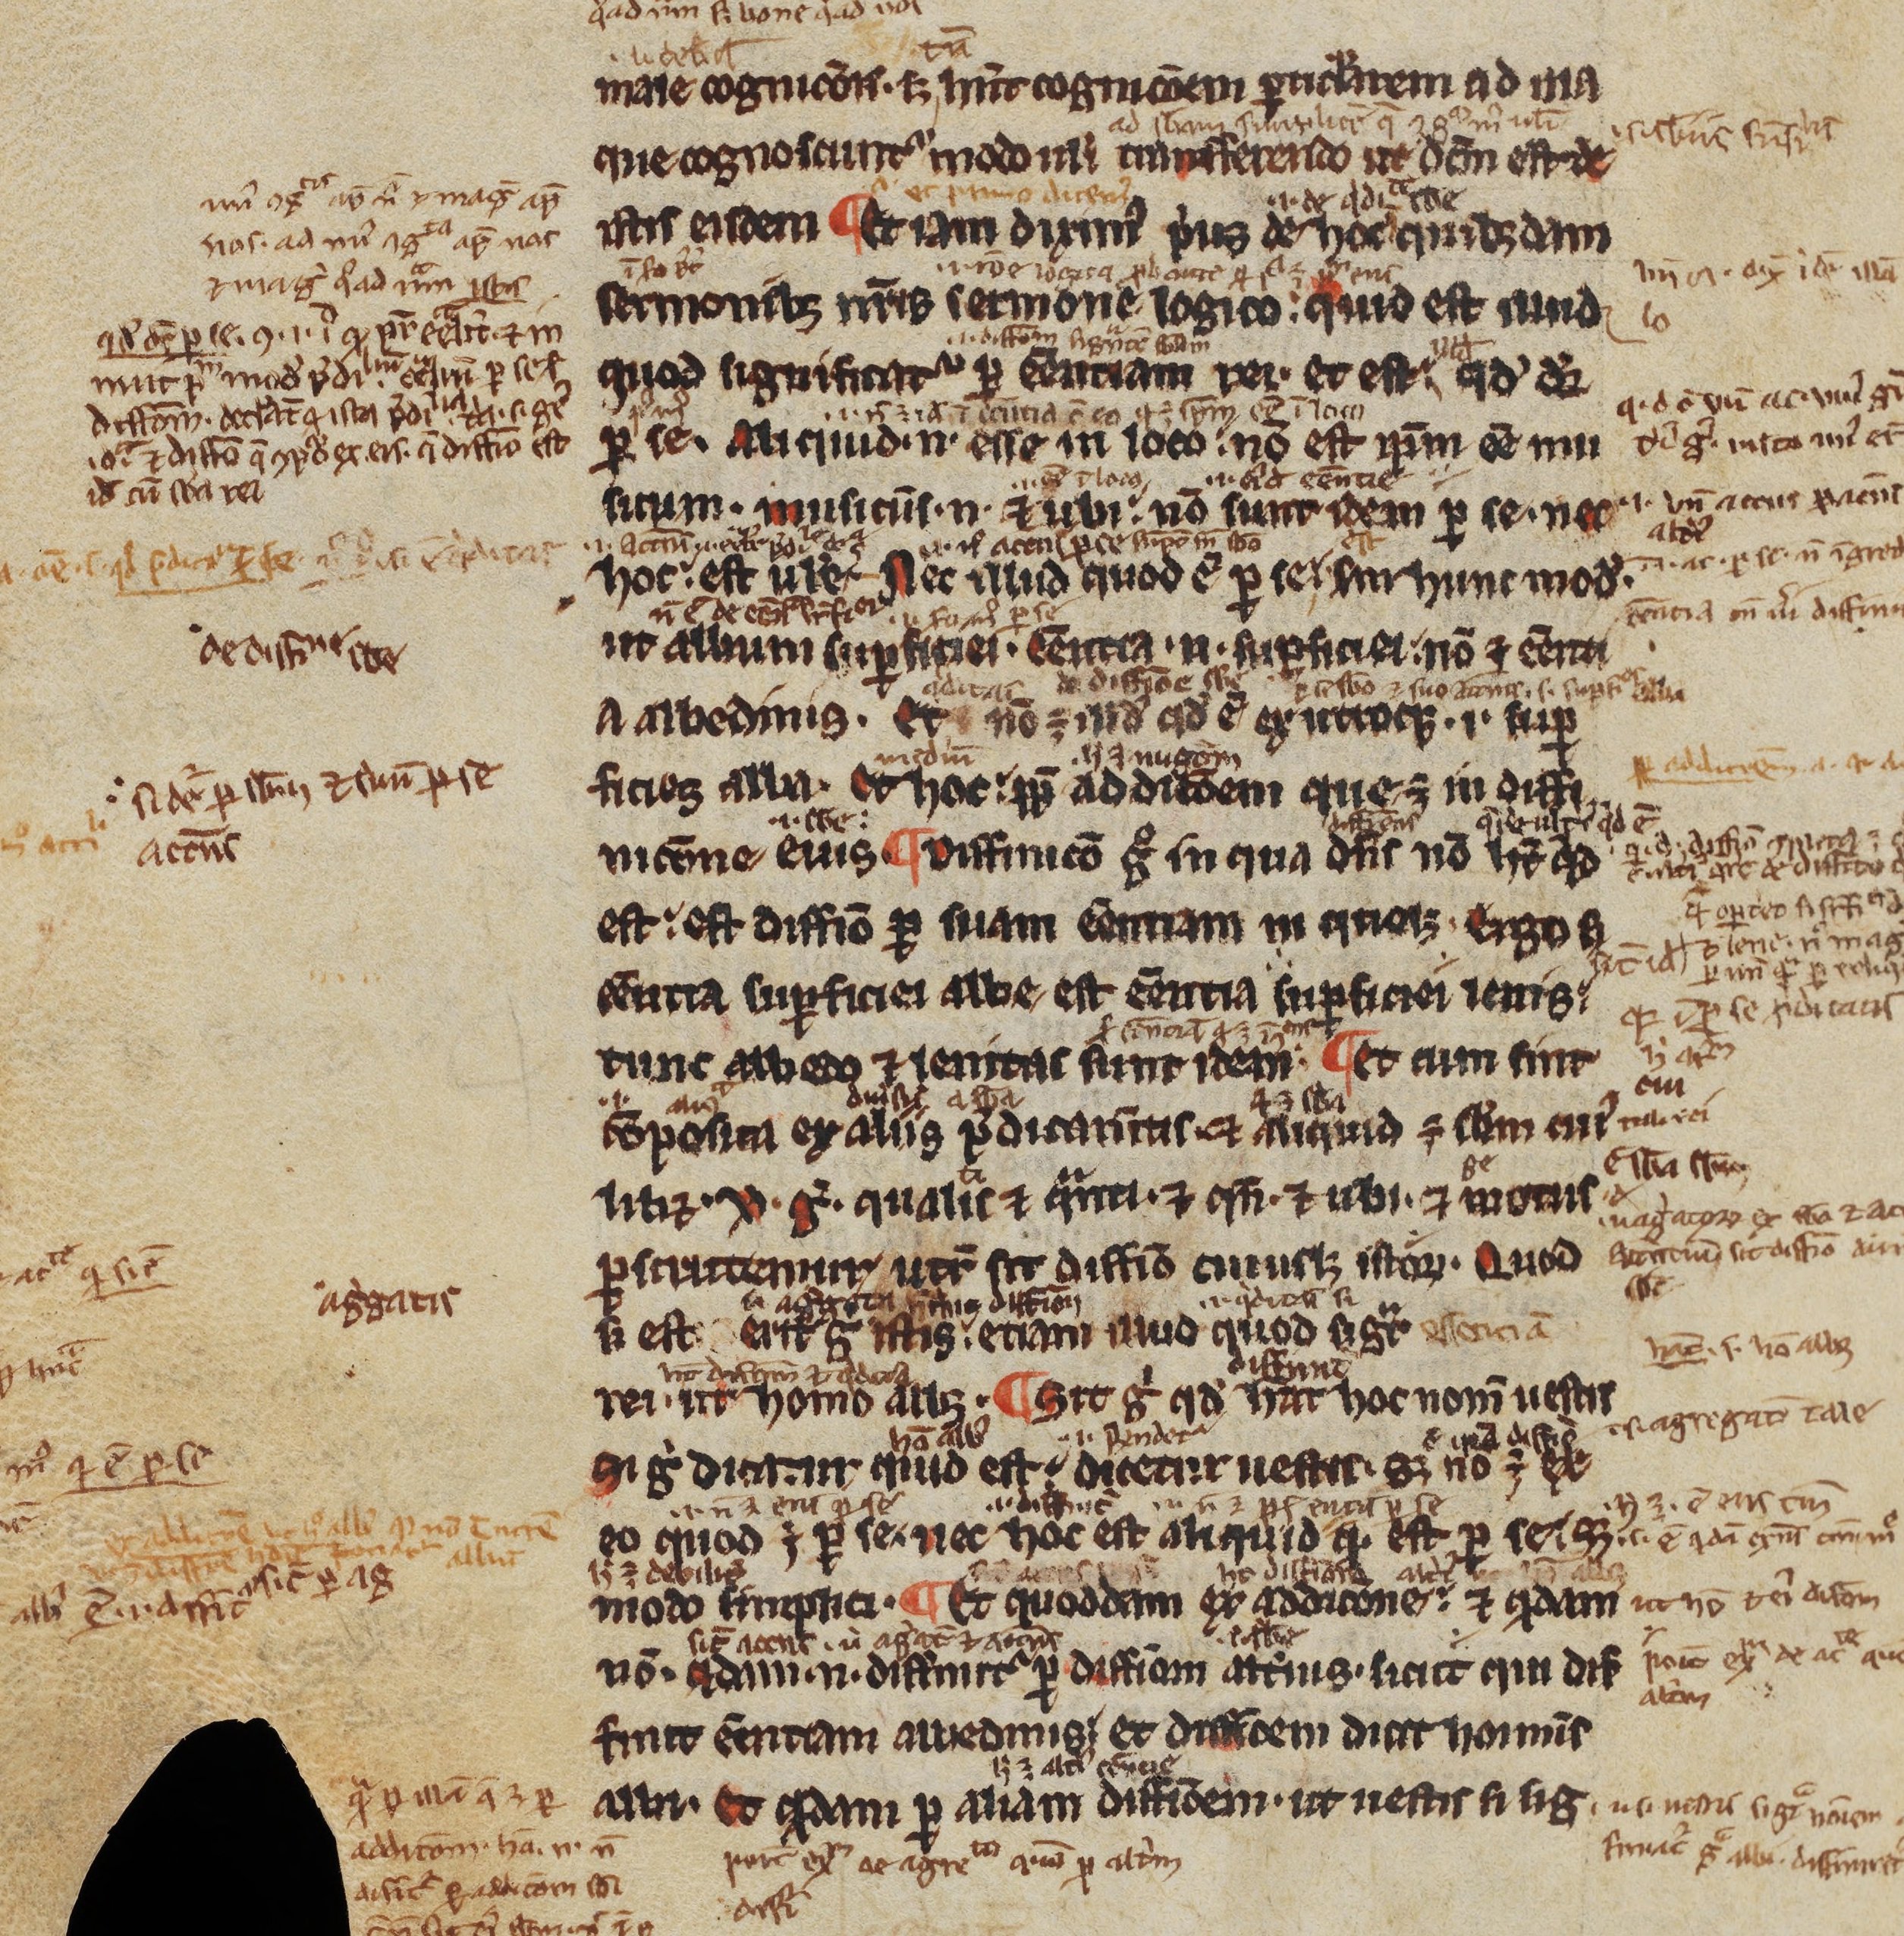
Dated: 1200–1299